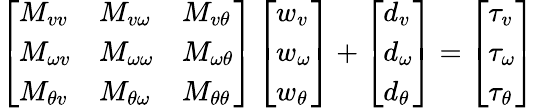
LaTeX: \left[\begin{array}{lll}{M_{vv}}&{M_{v\omega}}&{M_{v\theta}}\\ {M_{\omega v}}&{M_{\omega\omega}}&{M_{\omega\theta}}\\ {M_{\theta v}}&{M_{\theta\omega}}&{M_{\theta\theta}}\end{array}\right]\left[\begin{array}{l}{w_{v}}\\ {w_{\omega}}\\ {w_{\theta}}\end{array}\right]+\left[\begin{array}{l}{d_{v}}\\ {d_{\omega}}\\ {d_{\theta}}\end{array}\right]=\left[\begin{array}{l}{\tau_{v}}\\ {\tau_{\omega}}\\ {\tau_{\theta}}\end{array}\right]